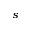
_ s